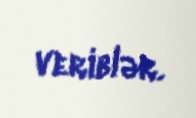
veriblər.